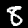
Digit: 8